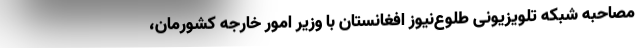
مصاحبه شبکه تلویزیونی طلوع‌نیوز افغانستان با وزیر امور خارجه کشورمان،